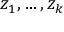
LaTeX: z _ { 1 } , \ldots , z _ { k }